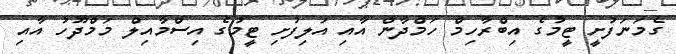
ގެމަނަފުށީ ޓީމުގެ އިބްރާހިމް ހަމްދާން އާއި އަލިފުށި ޓީމުގެ އިސްމާއިލް މަމްދޫހު އާއި